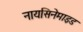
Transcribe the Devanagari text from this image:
नायसिनेमाइड